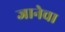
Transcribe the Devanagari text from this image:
जानेचा